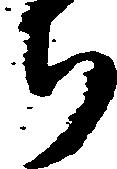
ち